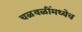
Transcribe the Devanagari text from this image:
चळवळींमध्येच